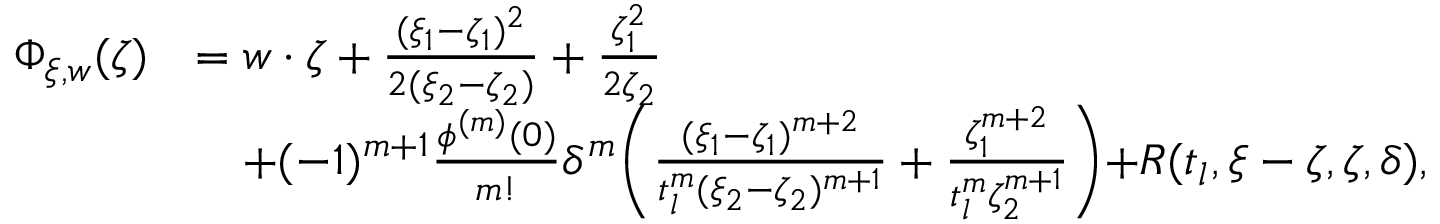
\begin{array} { r l } { \Phi _ { \xi , w } ( \zeta ) } & { = w \cdot \zeta + \frac { ( \xi _ { 1 } - \zeta _ { 1 } ) ^ { 2 } } { 2 ( \xi _ { 2 } - \zeta _ { 2 } ) } + \frac { \zeta _ { 1 } ^ { 2 } } { 2 \zeta _ { 2 } } } \\ & { \quad + ( - 1 ) ^ { m + 1 } \frac { { \phi } ^ { ( m ) } ( 0 ) } { m ! } \delta ^ { m } \biggl ( \frac { ( \xi _ { 1 } - \zeta _ { 1 } ) ^ { m + 2 } } { t _ { l } ^ { m } ( \xi _ { 2 } - \zeta _ { 2 } ) ^ { m + 1 } } + \frac { \zeta _ { 1 } ^ { m + 2 } } { t _ { l } ^ { m } \zeta _ { 2 } ^ { m + 1 } } \biggl ) + R ( t _ { l } , \xi - \zeta , \zeta , \delta ) , } \end{array}